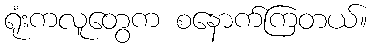
ရုံးကလူတွေက စနောက်ကြတယ်။